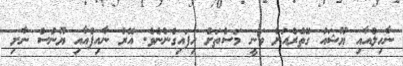
ނާހިލްއާއި ޔޫޝައު ގޭތެރެއަށް ވަނީ މަސްތަށް ހިފައިގެންނެވެ. އޭރު ނާއިފްއާއި ޔޫނުސް ނާށި